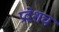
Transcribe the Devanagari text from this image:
प्रदेशच